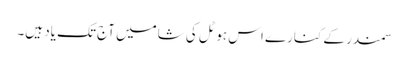
سمندر کے کنارے اس ہوٹل کی شامیں آج تک یاد ہیں۔